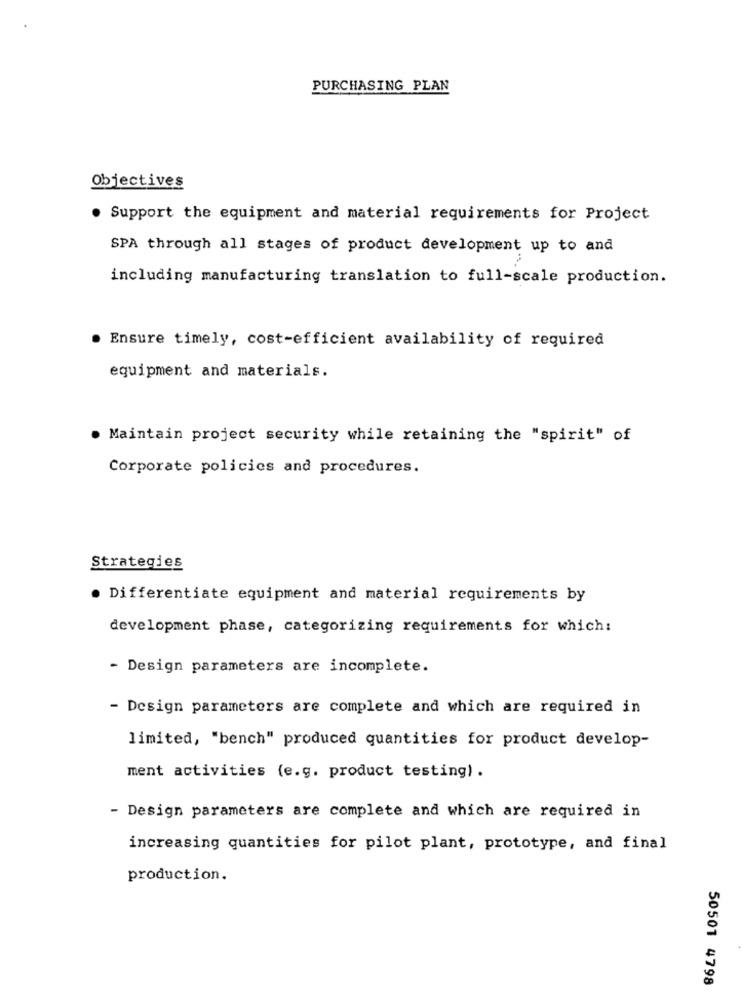
PURCHASING PLAN
Objectives
. Support the equipment and material requirements for Project
SPA through all stages of product development up to and
including manufacturing translation to full-scale production.
Ensure timely, cost-efficient availability of required
equipment and materials.
. Maintain project security while retaining the "spirit" of
Corporate policies and procedures.
Strategies
· Differentiate equipment and material requirements by
development phase, categorizing requirements for which:
Design parameters are incomplete.
- Design parameters are complete and which are required in
limited, "bench" produced quantities for product develop-
ment activities (e.g. product testing) .
- Design parameters are complete and which are required in
increasing quantities for pilot plant, prototype, and final
production.
50501 4798